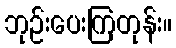
ဘုဉ်းပေးကြတုန်း။